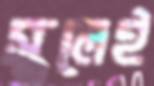
স্থলেই